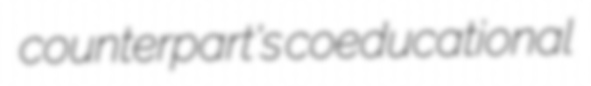
counterpart's coeducational